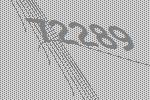
72289